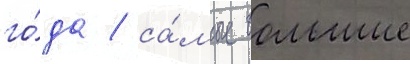
го́да / са́мые большие